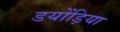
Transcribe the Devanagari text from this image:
डयोंड़िया